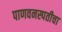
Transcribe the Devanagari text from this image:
पाणवनस्पतीचा